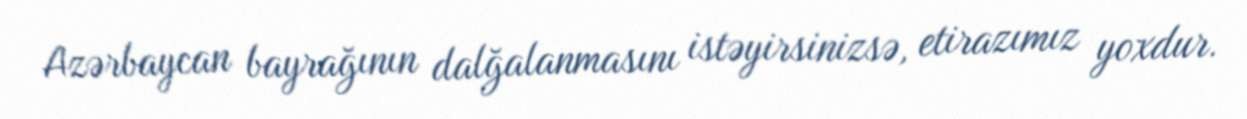
Azərbaycan bayrağının dalğalanmasını istəyirsinizsə, etirazımız yoxdur.